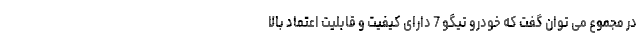
در مجموع می توان گفت که خودرو تیگو 7 دارای کیفیت و قابلیت اعتماد بالا